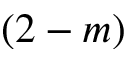
( 2 - m )